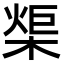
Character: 㮡